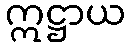
ဣဋ္ဌာယ